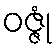
ဝဇ္ဇုံ